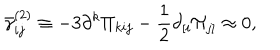
\bar { \gamma } _ { i j } ^ { ( 2 ) } \equiv - 3 \partial ^ { k } \Pi _ { k i j } - \frac 1 2 \partial _ { \left[ i \right. } \Pi _ { \left. j \right] } \approx 0 ,